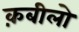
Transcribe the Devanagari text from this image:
क़बीलो